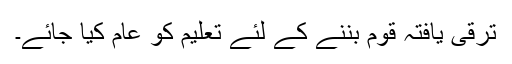
ترقی یافتہ قوم بننے کے لئے تعلیم کو عام کیا جائے۔